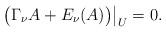
LaTeX: \begin{align*}\bigl( \Gamma_\nu A + E_\nu(A) \bigr) \big|_U = 0 .\end{align*}